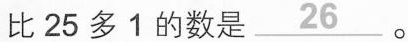
比25多1的数是\underline{26}。